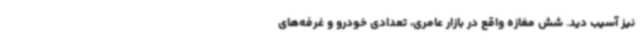
نیز آسیب دید. شش مغازه واقع در بازار عامری، تعدادی خودرو و غرفه‌های